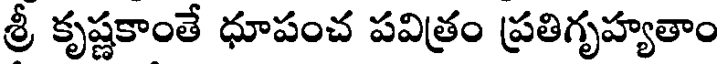
శ్రీ కృష్ణకాంతే ధూపంచ పవిత్రం ప్రతిగృహ్యతాం